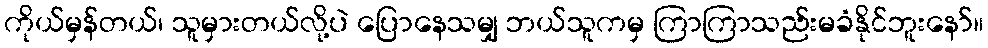
ကိုယ်မှန်တယ်၊ သူမှားတယ်လို့ပဲ ပြောနေသမျှ ဘယ်သူကမှ ကြာကြာသည်းမခံနိုင်ဘူးနော်။